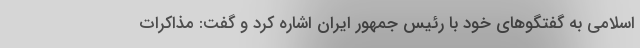
اسلامی به گفتگوهای خود با رئیس جمهور ایران اشاره کرد و گفت: مذاکرات